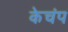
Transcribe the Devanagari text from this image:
केचंप